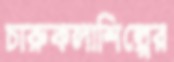
চারুকলাশিল্পের